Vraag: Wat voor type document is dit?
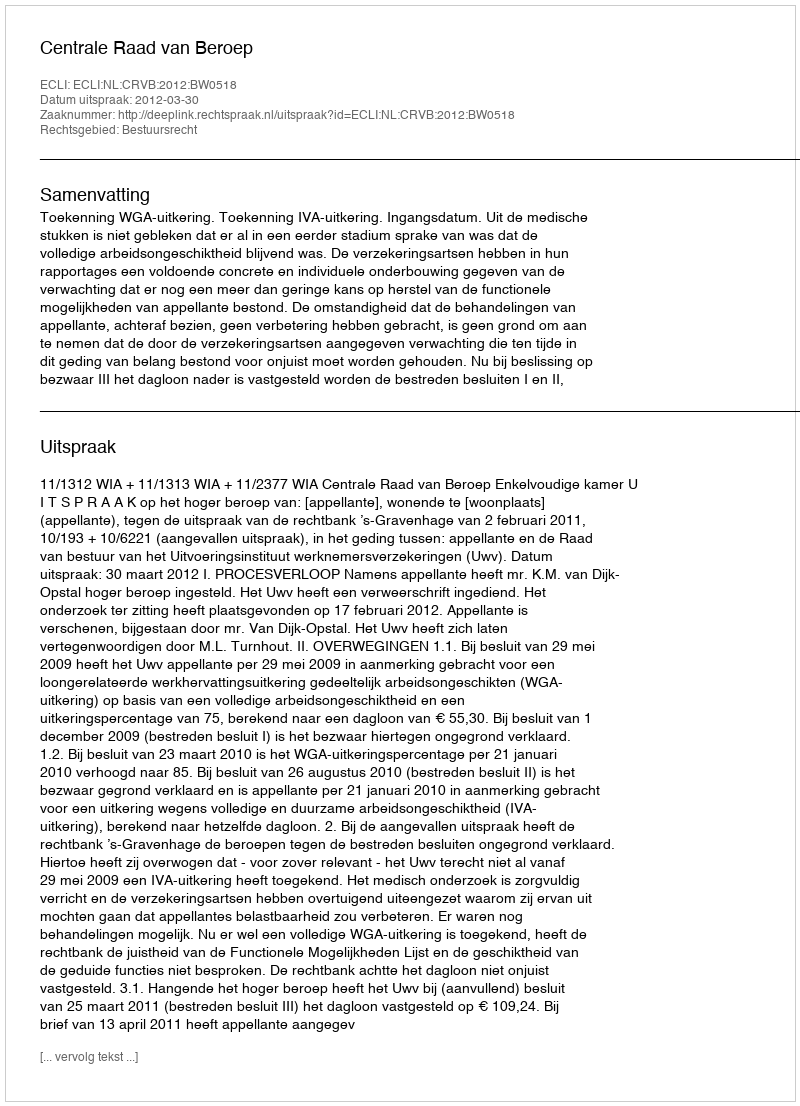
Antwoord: Uitspraak